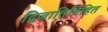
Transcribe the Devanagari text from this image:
द्विजातिविहित